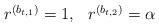
LaTeX: \begin{align*} \begin{array}{cc} r^{(b_{t,1})} = 1, & r^{(b_{t,2})} = \alpha\end{array}\end{align*}